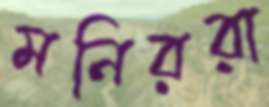
মনিররা